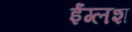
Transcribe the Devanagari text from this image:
ईंग्लश